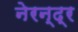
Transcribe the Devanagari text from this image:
नेरन्द्र